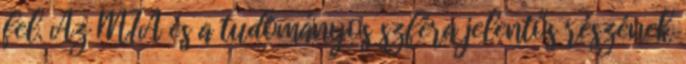
fel. Az MTA és a tudományos szféra jelentős részének